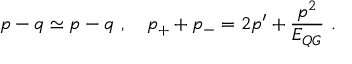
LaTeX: p - q \simeq p - q ~ , ~ ~ ~ p _ { + } + p _ { - } = 2 p ^ { \prime } + { \frac { p ^ { 2 } } { E _ { Q G } } } ~ .